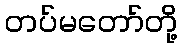
တပ်မတော်တို့